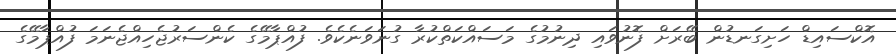
އޮކްސައިޑް ހަށިގަނޑުން ބޭރަށް ފޮނުވައި ދިނުމުގެ މަސައްކަތްކުރާ ގުނަވަނެކެވެ. ފުއްޕާމޭގެ ކެންސަރުޖެހިއްޖެނަމަ ފުއްޕާމޭގެ